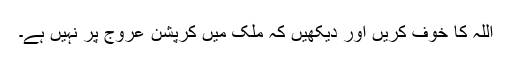
اللہ کا خوف کریں اور دیکھیں کہ ملک میں کرپشن عروج پر نہیں ہے۔